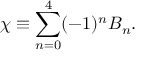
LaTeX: \chi \equiv \sum _ { n = 0 } ^ { 4 } ( - 1 ) ^ { n } B _ { n } .